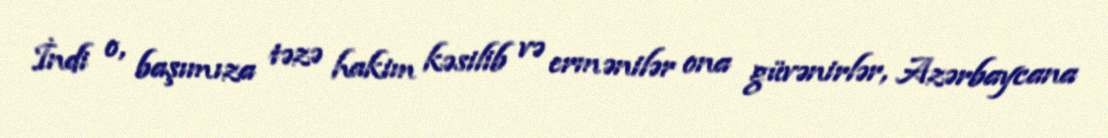
İndi o, başımıza təzə hakim kəsilib və ermənilər ona güvənirlər, Azərbaycana